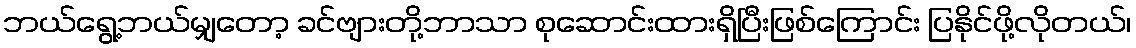
ဘယ်ရွေ့ဘယ်မျှတော့ ခင်ဗျားတို့ဘာသာ စုဆောင်းထားရှိပြီးဖြစ်ကြောင်း ပြနိုင်ဖို့လိုတယ်၊